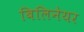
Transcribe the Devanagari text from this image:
बिलिनेयर